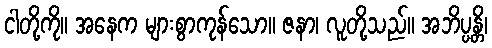
ငါတို့ကို။ အနေက များစွာကုန်သော။ ဇနာ၊ လူတို့သည်။ အဘိပ္ပန္တိ၊